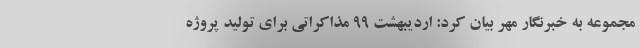
مجموعه به خبرنگار مهر بیان کرد: اردیبهشت ۹۹ مذاکراتی برای تولید پروژه